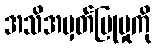
အသိအမှတ်ပြုမှုကို